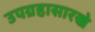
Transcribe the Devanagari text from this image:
उपग्रहासारखे